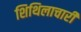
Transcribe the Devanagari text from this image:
शिथिलाचारी